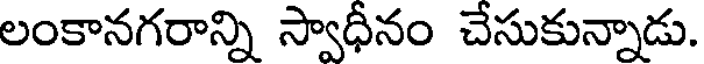
లంకానగరాన్ని స్వాధీనం చేసుకున్నాడు.